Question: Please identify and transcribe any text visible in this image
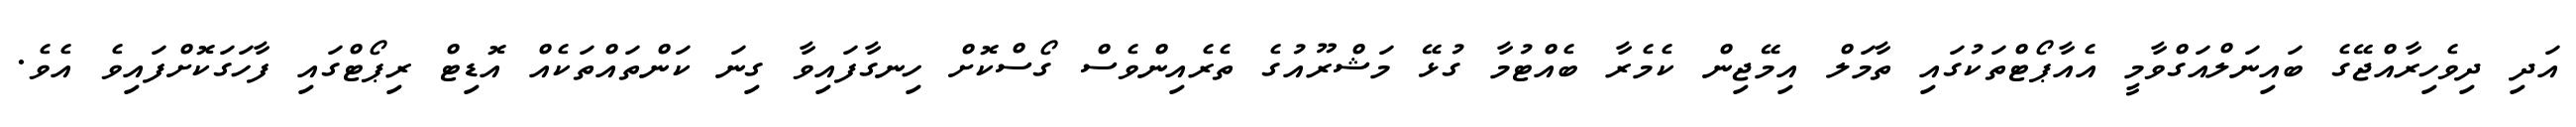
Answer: އަދި ދިވެހިރާއްޖޭގެ ބައިނަލްއަގްވާމީ އެއާޕޯޓްތަކުގައި ތާމަލް އިމޭޖިން ކެމެރާ ބެއްޓުމާ ގުޅޭ މަޝްރޫއުގެ ތެރެއިންވެސް ގޯސްކޮށް ހިނގާފައިވާ ގިނަ ކަންތައްތަކެއް އޮޑިޓް ރިޕޯޓްގައި ފާހަގަކޮށްފައިވެ އެވެ.